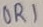
Text: OR1